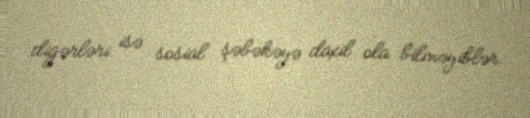
digərləri isə sosial şəbəkəyə daxil ola bilməyiblər.